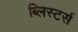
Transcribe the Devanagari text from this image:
ब्लिस्टर्स